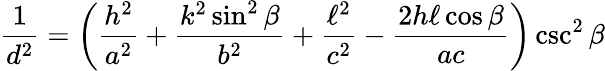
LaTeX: {\frac{1}{d^{2}}}=\left({\frac{h^{2}}{a^{2}}}+{\frac{k^{2}\sin^{2}\beta}{b^{2}}}+{\frac{\ell^{2}}{c^{2}}}-{\frac{2h\ell\cos\beta}{ac}}\right)\csc^{2}\beta